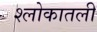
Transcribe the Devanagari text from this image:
श्लोकातली